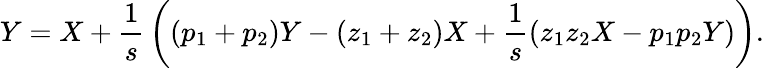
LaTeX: Y=X+{\frac{1}{s}}\left((p_{1}+p_{2})Y-(z_{1}+z_{2})X+{\frac{1}{s}}(z_{1}z_{2}X-p_{1}p_{2}Y)\right).